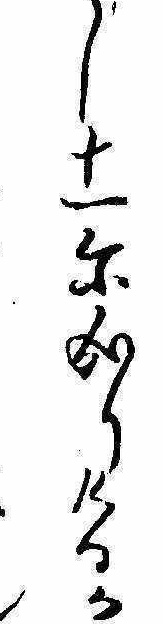
し十一に成りけるか